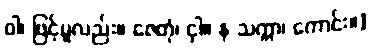
ဝါ၊ ဖြင့်မူလည်း။ ဇေတုံ၊ ငှါ။ န သက္ကာ၊ ကောင်း။]